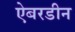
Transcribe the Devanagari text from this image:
ऐबरडीन